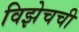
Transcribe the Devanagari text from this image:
विझेचची